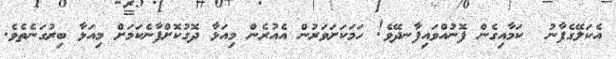
އެކަލޭގެފާނު  ކަމާއިގެން ފޮނުއްވައިފާނދޭވެ! ހަމަކަށަވަރުން އެއުރެން މިއަޅާ ދޮގުކޮށްފާނެކަމަށް މިއަޅާ ބިރުގަނެތެވެ.